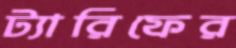
ট্যারিফের